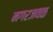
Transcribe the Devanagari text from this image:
नगरजवळ